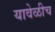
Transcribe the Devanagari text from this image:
यावेळीच